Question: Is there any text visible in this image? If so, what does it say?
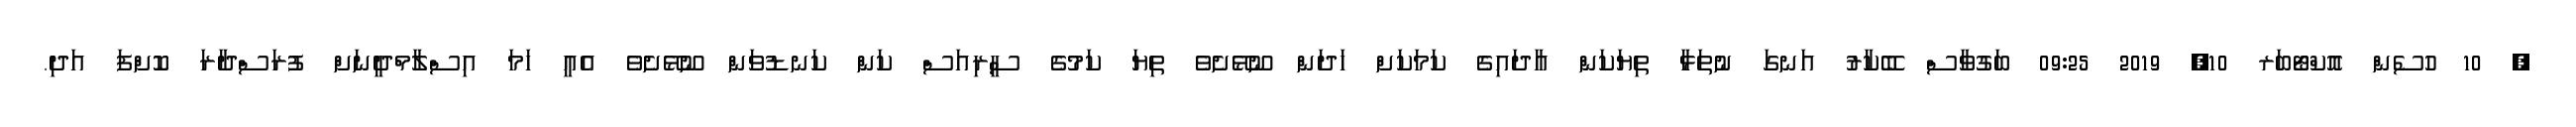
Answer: ? 10 ހުސެން އޮކްޓޯބަރ 10, 2019 09:25 ބަގުވާސް ބޭކާރު އަނގަ ނުތަޅާ ތިޔަކަން އާދައިގެ ކަމަކަށް ހަދަން ނޫޅޭށެވެ ތިޔަ ކަމުގެ ސީރިއަސް ކަން ކަނޑުވަން ނޫޅޭށެވެ އެއީ ހަމަ އިސްލާމްދީނަށް ފުރަސްދާރަ ކޮށްފަ އަދި.